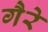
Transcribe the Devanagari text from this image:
गैरे